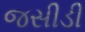
જસીડી